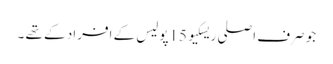
جو صرف اصلی ریسکیو 15پولیس کے افراد کے تھے ۔